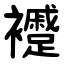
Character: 䙯